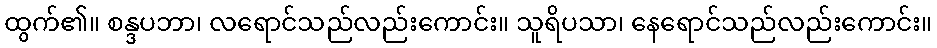
ထွက်၏။ စန္ဒပဘာ၊ လရောင်သည်လည်းကောင်း။ သူရိပသာ၊ နေရောင်သည်လည်းကောင်း။